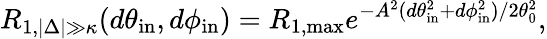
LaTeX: R_{1,|\Delta|\gg\kappa}(d\theta_{\mathrm{in}},d\phi_{\mathrm{in}})=R_{1,\mathrm{max}}e^{-A^{2}(d\theta_{\mathrm{in}}^{2}+d\phi_{\mathrm{in}}^{2})/2\theta_{0}^{2}},